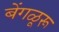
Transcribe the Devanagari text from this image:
बेंगळूरू